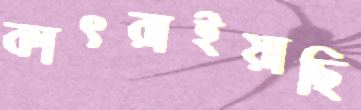
কাৎরাইয়াছি